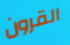
القرون